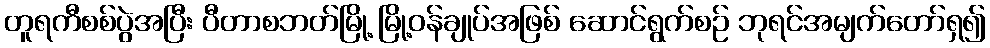
တူရကီစစ်ပွဲအပြီး ပီတာစဘတ်မြို့ မြို့ဝန်ချုပ်အဖြစ် ဆောင်ရွက်စဉ် ဘုရင်အမျက်တော်ရှ၍